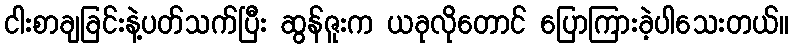
ငါးစာချခြင်းနဲ့ပတ်သက်ပြီး ဆွန်ဇူးက ယခုလိုတောင် ပြောကြားခဲ့ပါသေးတယ်။